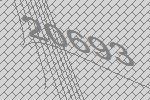
20693